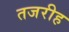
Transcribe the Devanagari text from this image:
तजरीह